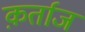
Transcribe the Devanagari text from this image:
क़र्ताज